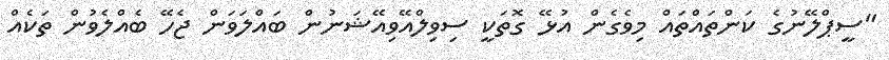
"ސީޕްލޭނުގެ ކަންތައްތައް މިވެގެން އުޅޭ ގޮތަކީ ސިވިލްއޭވިއޭޝަނުން ބައްލަވަން ޖެހޭ ބެއްލެވުން ތަކެއް